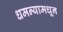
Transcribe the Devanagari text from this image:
धमन्यामधून